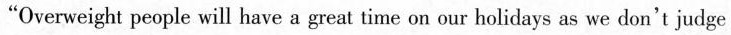
"Overweight people will have a great time on our holidays as we don't judge